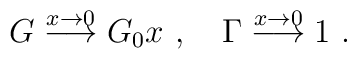
G \stackrel{x \rightarrow 0}{\longrightarrow}  G_0 x \ , \ \ \ \Gamma \stackrel{x \rightarrow 0}{\longrightarrow} 1 \ .